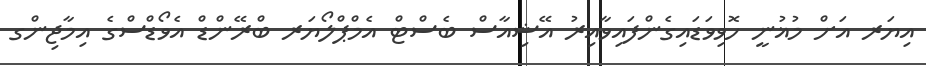
އިޔަރ އަށް މުޣުނީ ހޮވިވަޑައިގެންފައިވާއިރު އޭޝިއާސް ބެސްޓް އެމްޕްލޯޔަރ ބްރޭންޑް އެވޯޑްސްގެ އިމާޖިންގ